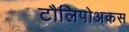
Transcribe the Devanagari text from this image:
टौलिपोअकस